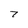
Character: 7